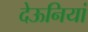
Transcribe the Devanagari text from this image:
देऊनियां